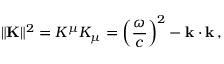
\| \mathbf { K } \| ^ { 2 } = K ^ { \mu } K _ { \mu } = \left( { \frac { \omega } { c } } \right) ^ { 2 } - \mathbf { k } \cdot \mathbf { k } \, ,